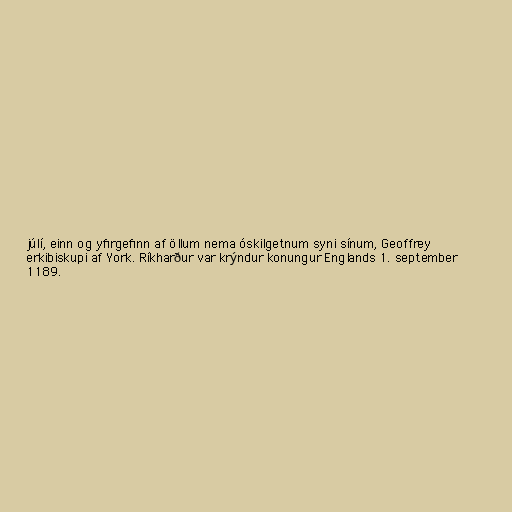
júlí, einn og yfirgefinn af öllum nema óskilgetnum syni sínum, Geoffrey
erkibiskupi af York. Ríkharður var krýndur konungur Englands 1. september
1189.